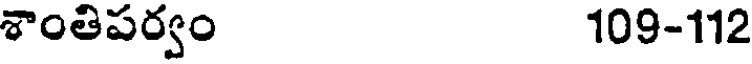
శాంతిపర్వం 109-112